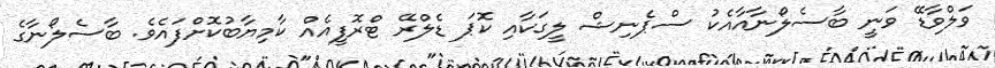
ވަލްވާޑޭ ވަނީ ބާސެލޯނާއާއެކު ސްޕެނިޝް ލީގަކާއި ކޮޕަ ޑެލްރޭ ޓްރޮފީއެއް ކާމިޔާބުކޮށްފައެވެ. ބާސެލޯނާގެ